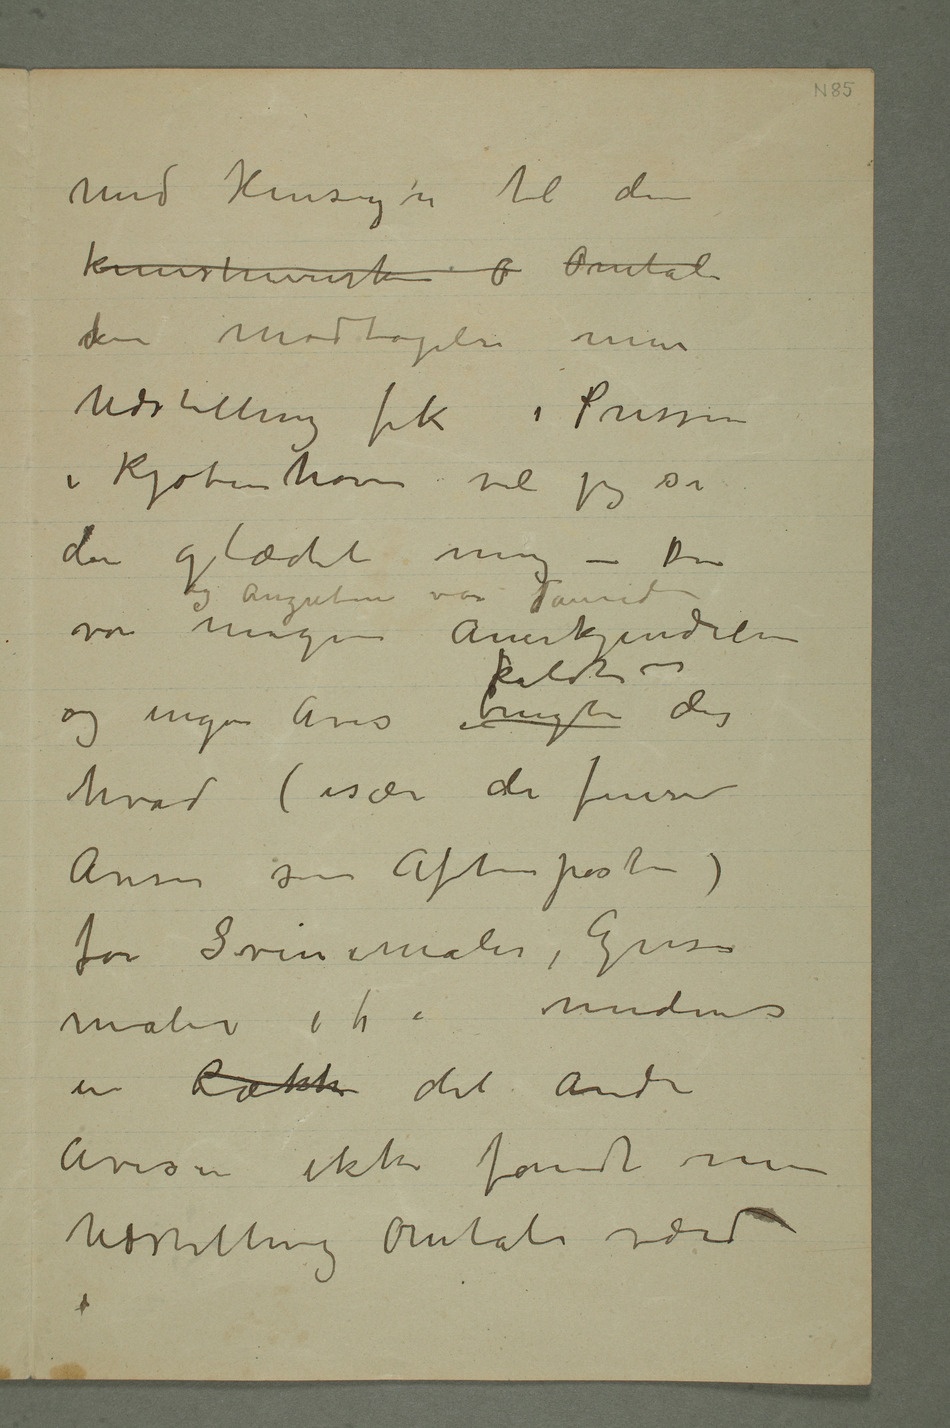
Med Hensyn til den
kunstneriske o Omtale
den modtagelse min
Udstilling fik i Pressen
i Kjøbenhavn vil jeg si
den glædet mig – Der
var megen Anerkjendelse og
og ingen Avis brugte kaldte det
hvad (især de finere
Aviser som Aftenposten)
for Svinemaler, Grise-
en Række del andre
Aviser ikke fandt min
Udstilling Omtale værd